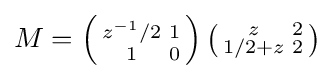
M=\left({\begin{smallmatrix}z^{-1}/2&1\\1&0\end{smallmatrix}}\right)\left({\begin{smallmatrix}z&2\\1/2+z&2\end{smallmatrix}}\right)